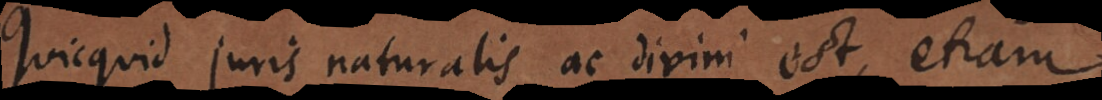
Quicquid juris naturalis ac divini est, etiam